Civil Veterinary Dept. Bombay admin report 1932-41 - 1932-1941
Year: 1932
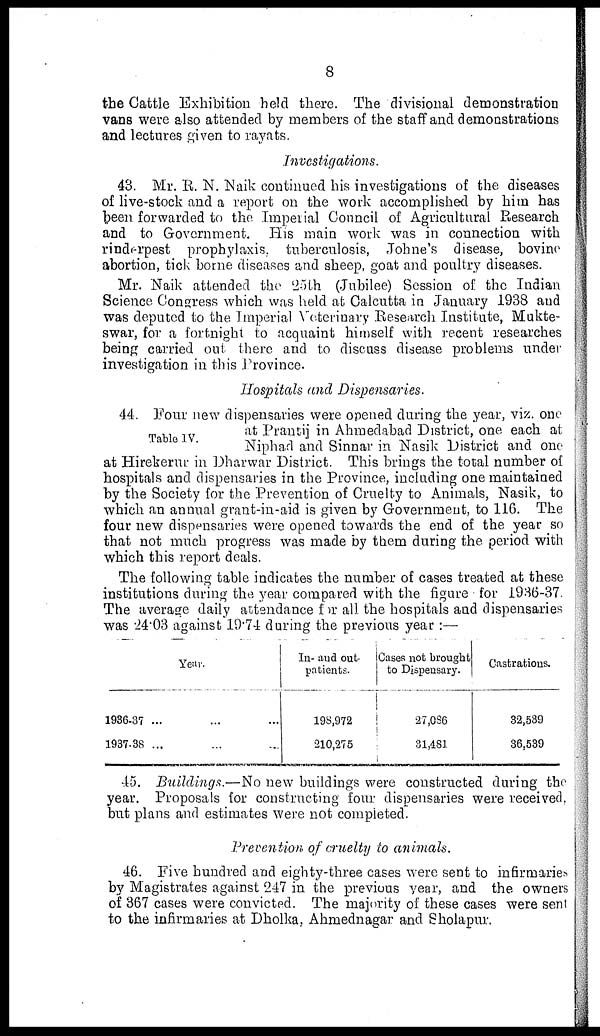
8
the Cattle Exhibition held there. The divisional demonstration
vans were also attended by members of the staff and demonstrations
and lectures given to rayats.
Investigations.
43. Mr. R. N. Naik continued his investigations of the diseases
of live-stock and a report on the work accomplished by him has
been forwarded to the Imperial Council of Agricultural Research
and to Government. His main work was in connection with
rinderpest prophylaxis, tuberculosis, Johne's disease, bovine
abortion, tick borne diseases and sheep, goat and poultry diseases.
Mr. Naik attended the 25th (Jubilee) Session of the Indian
Science Congress which was held at Calcutta in January 1938 and
was deputed to the Imperial Veterinary Research Institute, Mukte-
swar, for a fortnight to acquaint himself with recent researches
being carried out there and to discuss disease problems under
investigation in this Province.
Hospitals and Dispensaries.
Table IV.
44. Four new dispensaries were opened during the year, viz. one
at Prantij in Ahmedabad District, one each at
Niphad and Sinnar in Nasik District and one
at Hirekerur in Dharwar District. This brings the total number of
hospitals and dispensaries in the Province, including one maintained
by the Society for the Prevention of Cruelty to Animals, Nasik, to
which an annual grant-in-aid is given by Government, to 116. The
four new dispensaries were opened towards the end of the year so
that not much progress was made by them during the period with
which this report deals.
The following table indicates the number of cases treated at these
institutions during the year compared with the figure for 1936-37.
The average daily attendance for all the hospitals and dispensaries
was 24.03 against 19.74 during the previous year:—
Year.
1936-37 ... ... ...
1937-38 ... ... ...
In- and out-
patients.
198,972
210,275
Cases not brought
to Dispensary.
27,086
31,481
Castrations.
32,539
36,539
45. Buildings.—No new buildings were constructed during the
year. Proposals for constructing four dispensaries were received,
but plans and estimates were not completed.
Prevention of cruelty to animals.
46. Five hundred and eighty-three cases were sent to infirmaries
by Magistrates against 247 in the previous year, and the owners
of 367 cases were convicted. The majority of these cases were sent
to the infirmaries at Dholka, Ahmednagar and Sholapur.